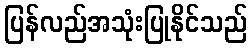
ပြန်လည်အသုံးပြုနိုင်သည်